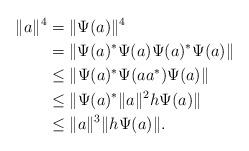
LaTeX: \begin{align*} \|a\|^4&=\|\Psi(a)\|^4\\ &=\|\Psi(a)^*\Psi(a)\Psi(a)^*\Psi(a)\|\\ &\leq \|\Psi(a)^*\Psi(aa^*)\Psi(a)\|\\ &\leq \|\Psi(a)^*\|a\|^2h\Psi(a)\|\\ &\leq \|a\|^3\|h\Psi(a)\|.\end{align*}